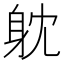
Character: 躭